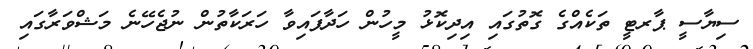
ސިޔާސީ ޕާރޓީ ތަކެއްގެ ގޮތުގައި އިދިކޮޅު މީހުން ހަދާފައިވާ ހަރަކާތުން ނުޖެހޭނެ މަޝްވަރާގައި